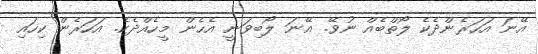
އޭނަ އަހަރެންދެކެ ލޯތްބެއް ނުވޭ. އޭނަ ލޯބިވަނީ އެހެން މީހެއްދެކެ. އަހަރެން ކިހައި